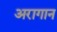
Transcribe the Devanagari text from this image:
अरागान